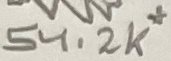
Text: 54.2K*